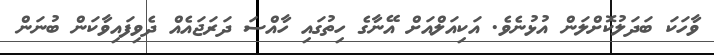
ވާހަކަ ބަދަލުކޮށްލަން އުޅުނެވެ. އަކިއަލްއަށް އޭނާގެ ހިތުގައި ހާއްސަ ދަރަޖައެއް ދެވިފައިވާކަން ބުނަން